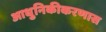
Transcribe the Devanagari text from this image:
आधुनिकीकरणास